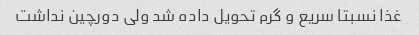
غذا نسبتا سریع و گرم تحویل داده شد ولی دورچین نداشت